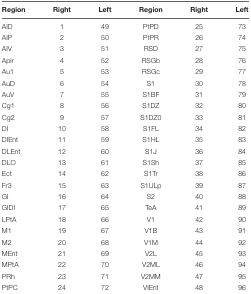
| Region | Right | Left | Region | Right | Left |
 | --- | --- | --- | --- | --- | --- |
 | AID | 1 | 49 | PtPD | 25 | 73 |
 | AIP | 2 | 50 | PtPR | 26 | 74 |
 | AIV | 3 | 51 | RSD | 27 | 75 |
 | Apir | 4 | 52 | RSGb | 28 | 76 |
 | Au1 | 5 | 53 | RSGc | 29 | 77 |
 | AuD | 6 | 54 | S1 | 30 | 78 |
 | AuV | 7 | 55 | S1BF | 31 | 79 |
 | Cg1 | 8 | 56 | S1DZ | 32 | 80 |
 | Cg2 | 9 | 57 | S1DZ0 | 33 | 81 |
 | DI | 10 | 58 | S1FL | 34 | 82 |
 | DIEnt | 11 | 59 | S1HL | 35 | 83 |
 | DLEnt | 12 | 60 | S1J | 36 | 84 |
 | DLO | 13 | 61 | S1Sh | 37 | 85 |
 | Ect | 14 | 62 | S1Tr | 38 | 86 |
 | Fr3 | 15 | 63 | S1ULp | 39 | 87 |
 | GI | 16 | 64 | S2 | 40 | 88 |
 | GIDI | 17 | 65 | TeA | 41 | 89 |
 | LPtA | 18 | 66 | V1 | 42 | 90 |
 | M1 | 19 | 67 | V1B | 43 | 91 |
 | M2 | 20 | 68 | V1M | 44 | 92 |
 | MEnt | 21 | 69 | V2L | 45 | 93 |
 | MPtA | 22 | 70 | V2ML | 46 | 94 |
 | PRh | 23 | 71 | V2MM | 47 | 95 |
 | PtPC | 24 | 72 | VIEnt | 48 | 96 |